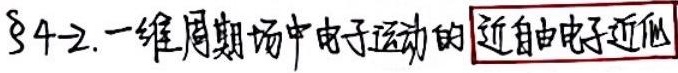
$\S4 - 2$. 一维周期场中电子运动的 近自由电子近似